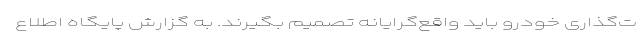
ت‌گذاری خودرو باید واقع‌گرایانه تصمیم بگیرند. به گزارش پایگاه اطلاع